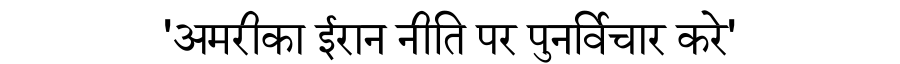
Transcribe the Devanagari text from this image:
'अमरीका ईरान नीति पर पुनर्विचार करे'